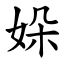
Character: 㛊